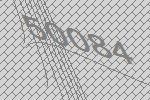
50084